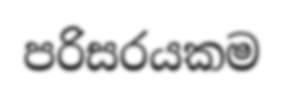
පරිසරයකම